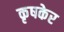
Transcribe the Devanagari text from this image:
कृषकेर